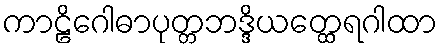
ကာဠိဂေါဓာပုတ္တဘဒ္ဒိယတ္ထေရဂါထာ